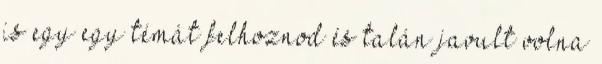
is egy egy témát felhoznod és talán javult volna